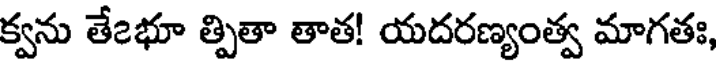
క్వను తే౭భూ త్పితా తాత! యదరణ్యంత్వ మాగతః,